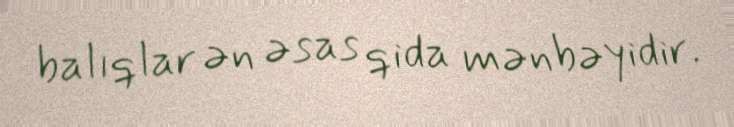
balıqlar ən əsas qida mənbəyidir.